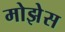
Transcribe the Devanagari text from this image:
मोझेेस